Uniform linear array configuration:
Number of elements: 32
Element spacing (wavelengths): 0.5
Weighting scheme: uniform
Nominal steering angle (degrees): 0
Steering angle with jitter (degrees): -0.2543
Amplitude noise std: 0.05
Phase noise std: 0.05

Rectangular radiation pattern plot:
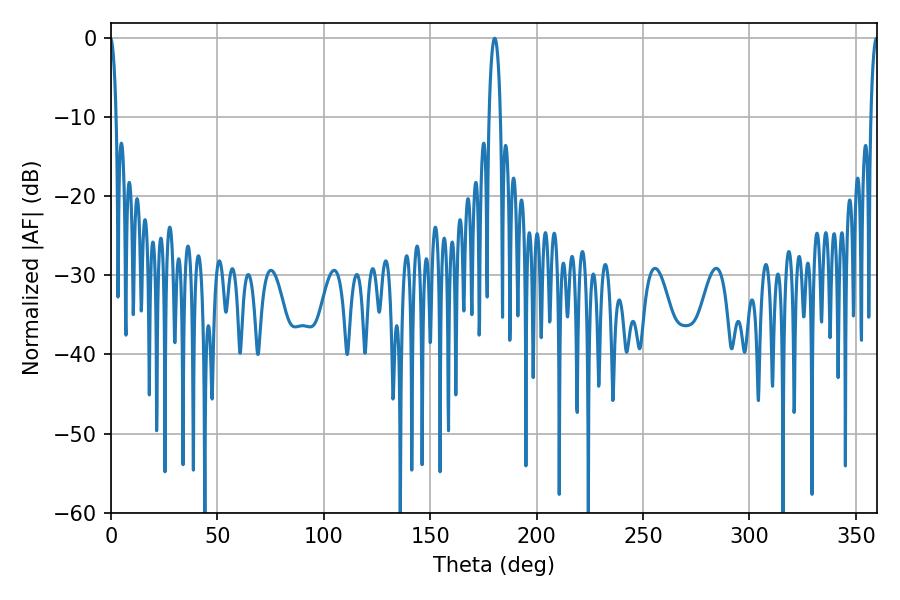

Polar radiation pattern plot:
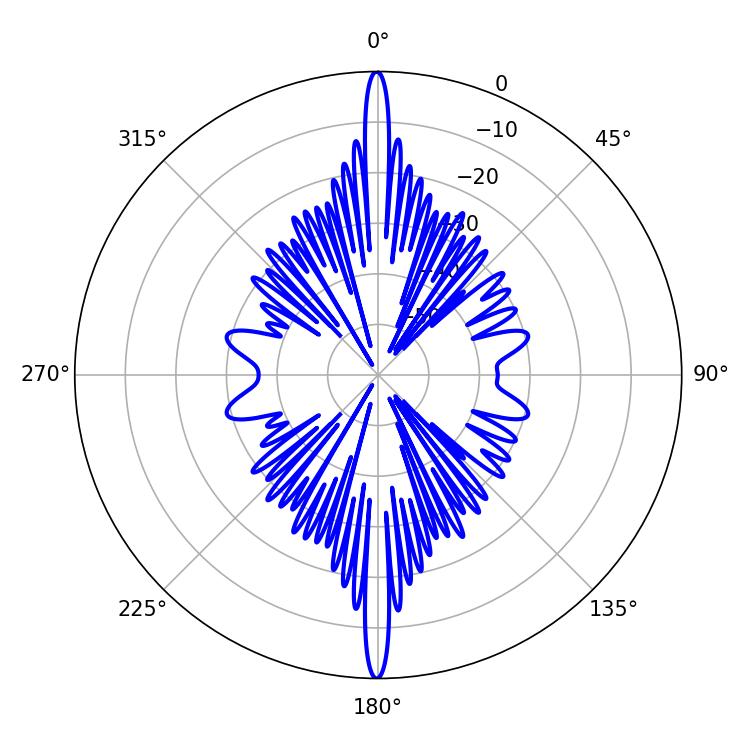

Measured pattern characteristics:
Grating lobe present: FALSE
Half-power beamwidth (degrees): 1.8
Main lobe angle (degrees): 359.64